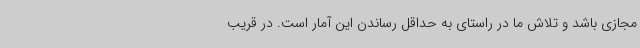
مجازی باشد و تلاش ما در راستای به حداقل رساندن این آمار است. در قریب